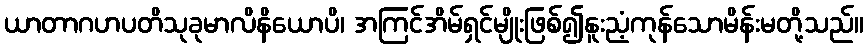
ယာတာဂဟပတိသုခုမာလိနိယောပိ၊ အကြင်အိမ်ရှင်မျိုးဖြစ်၍နူးညံ့ကုန်သောမိန်းမတို့သည်။